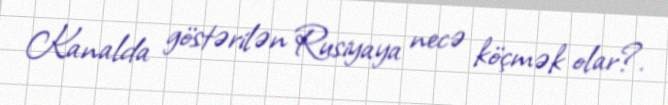
Kanalda göstərilən Rusiyaya necə köçmək olar?.